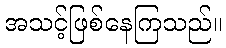
အသင့်ဖြစ်နေကြသည်။